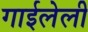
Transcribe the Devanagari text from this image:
गाईलेली